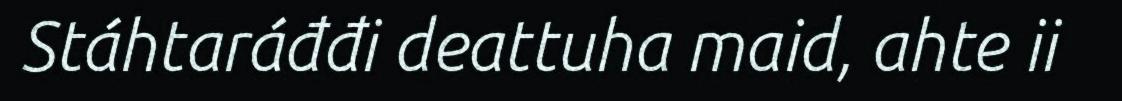
Stáhtaráđđi deattuha maid, ahte ii